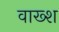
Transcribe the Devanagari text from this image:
वाख्श